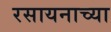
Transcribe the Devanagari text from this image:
रसायनाच्या